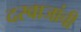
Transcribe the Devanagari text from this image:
दरवाजांची